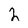
Character: 2